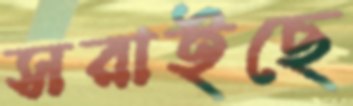
সরাইছে